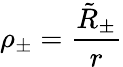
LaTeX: \rho_{\pm}=\frac{\tilde{R}_{\pm}}{r}